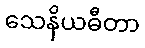
သေနိယဓီတာ